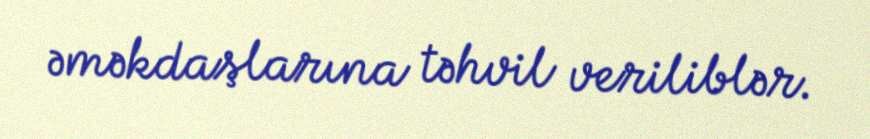
əməkdaşlarına təhvil veriliblər.